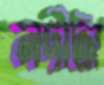
নদীটা